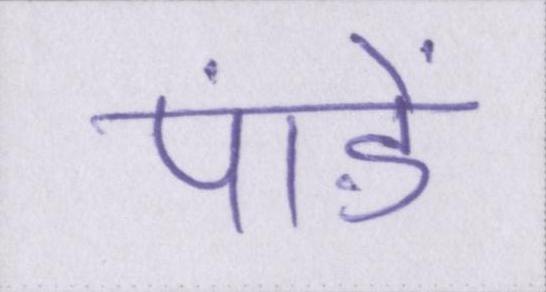
पांडे